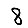
Digit: 8